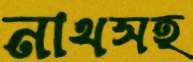
নাথসহ